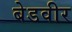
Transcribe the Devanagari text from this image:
बेडवीर